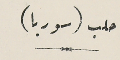
حلب (سوريا)